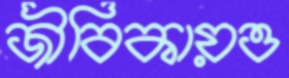
জীবিকায়ও